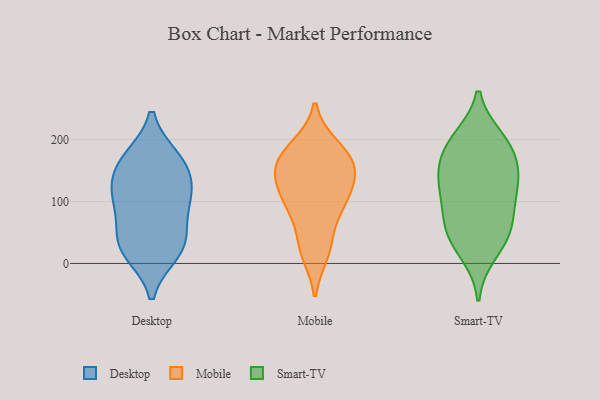
{"axis": {"x": "Conversion Rate (%)", "y": "Value"}, "legend": ["Desktop", "Mobile", "Smart-TV"], "data": [{"x": "", "y": 103, "type": "Desktop"}, {"x": "", "y": 157, "type": "Desktop"}, {"x": "", "y": 167, "type": "Desktop"}, {"x": "", "y": 108, "type": "Desktop"}, {"x": "", "y": 169, "type": "Desktop"}, {"x": "", "y": 43, "type": "Desktop"}, {"x": "", "y": 18, "type": "Desktop"}, {"x": "", "y": 128, "type": "Desktop"}, {"x": "", "y": 94, "type": "Desktop"}, {"x": "", "y": 34, "type": "Desktop"}, {"x": "", "y": 24, "type": "Desktop"}, {"x": "", "y": 156, "type": "Mobile"}, {"x": "", "y": 94, "type": "Mobile"}, {"x": "", "y": 141, "type": "Mobile"}, {"x": "", "y": 107, "type": "Mobile"}, {"x": "", "y": 31, "type": "Mobile"}, {"x": "", "y": 178, "type": "Mobile"}, {"x": "", "y": 165, "type": "Mobile"}, {"x": "", "y": 89, "type": "Mobile"}, {"x": "", "y": 136, "type": "Mobile"}, {"x": "", "y": 18, "type": "Mobile"}, {"x": "", "y": 188, "type": "Mobile"}, {"x": "", "y": 126, "type": "Smart-TV"}, {"x": "", "y": 46, "type": "Smart-TV"}, {"x": "", "y": 144, "type": "Smart-TV"}, {"x": "", "y": 115, "type": "Smart-TV"}, {"x": "", "y": 131, "type": "Smart-TV"}, {"x": "", "y": 54, "type": "Smart-TV"}, {"x": "", "y": 18, "type": "Smart-TV"}, {"x": "", "y": 166, "type": "Smart-TV"}, {"x": "", "y": 84, "type": "Smart-TV"}, {"x": "", "y": 195, "type": "Smart-TV"}, {"x": "", "y": 56, "type": "Smart-TV"}, {"x": "", "y": 200, "type": "Smart-TV"}, {"x": "", "y": 188, "type": "Smart-TV"}]}